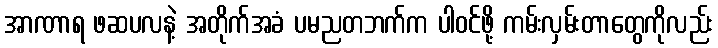
အာဏာရ ဖဆပလနဲ့ အတိုက်အခံ ပမညတဘက်က ပါဝင်ဖို့ ကမ်းလှမ်းတာတွေကိုလည်း